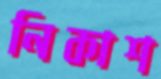
নিকাশ